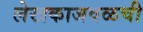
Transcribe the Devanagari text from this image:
लेखकाजवळची